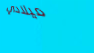
ميلادي